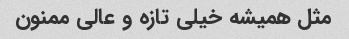
مثل همیشه خیلی تازه و عالی ممنون